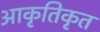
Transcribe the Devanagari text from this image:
आकृतिकृत